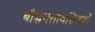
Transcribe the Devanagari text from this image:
बौद्धमतावल्बियों